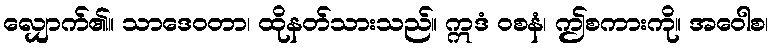
လျှောက်၏။ သာဒေဝတာ၊ ထိုနတ်သားသည်။ ဣဒံ ဝစနံ၊ ဤစကားကို။ အဝေါစ၊